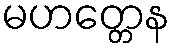
မဟတ္တေန